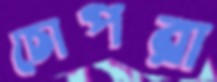
চোপরা